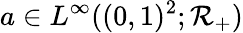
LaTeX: a\in L^{\infty}((0,1)^{2};\mathcal{R}_{+})